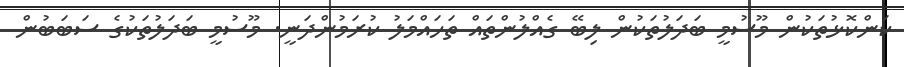
ކަންކޮޅުތަކުން މޫސުމީ ބަދަލުތަކުން ލިބޭ ގެއްލުންތައް ތަހައްމަލު ކުރަމުންދަނީ. މޫސުމީ ބަދަލުތަކުގެ ސަބަބުން